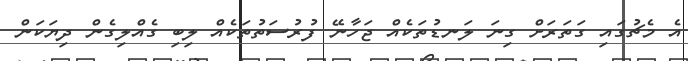
އެ މެޗުގައި ގަތަރަށް ގިނަ ލަނޑުތަކެއް ޖަހާނޭ ފުރުސަތުތަކެއް ލިބި ގެއްލިގެން ދިޔަކަން